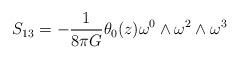
LaTeX: \begin{align*}S_{13}= - \frac{1}{8{\pi}G} {\theta}_{0}(z) {\omega}^{0} \wedge {\omega}^{2} \wedge {\omega}^{3}\end{align*}